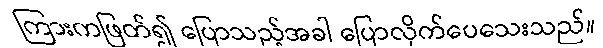
ကြားကဖြတ်၍ ပြောသည့်အခါ ပြောလိုက်ပေသေးသည်။